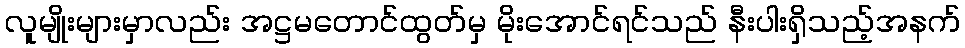
လူမျိုးများမှာလည်း အဋ္ဌမတောင်ထွတ်မှ မိုးအောင်ရင်သည် နီးပါးရှိသည့်အနက်